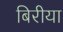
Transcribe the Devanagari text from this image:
बिरीया